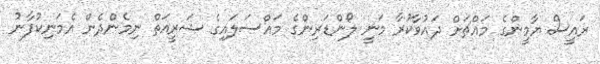
ރައީސް ޔާމީންގެ މައްޗަށް ދައުވާކުރާ މަނީ ލޯންޑަރިންގެ މައްސަލައިގެ ޝަރީއަތް ނިމެންދެން އެމަނިކުފާނު